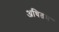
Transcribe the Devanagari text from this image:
अधितम